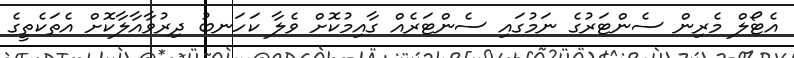
އެޓޯލް މެރިން ސެންޓަރުގެ ނަމުގައި ސެންޓަރެއް ގާއިމުކޮށް ވެލާ ކަހަނބު ދިރުވާއާލާކޮށް އެތަކެތީގެ